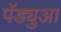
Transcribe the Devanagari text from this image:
पॅड्युआ